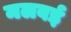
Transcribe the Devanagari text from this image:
मलबई